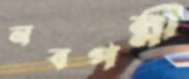
নবপল্লী